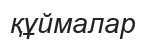
құймалар